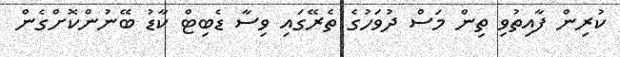
ކުރިން ފާއިތުވި ތިން މަސް ދުވަހުގެ ތެރޭގައި ވިސާ ޑެބިޓް ކާޑު ބޭނުންކޮށްގެން